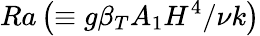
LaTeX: Ra\left(\equiv g\beta_{T}A_{1}H^{4}/\nu k\right)